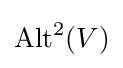
\operatorname {Alt} ^{2}(V)